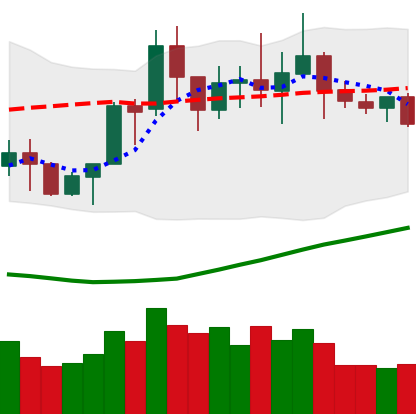
Ticker: NEO-USD
Chart end date: 2020-07-20
Forward return: 11.448%
Label: up_7plus